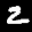
Label: 2